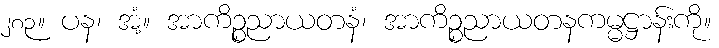
၂၈၃။ ပန၊ အံ့။ အာကိဉ္စညာယတနံ၊ အာကိဉ္စညာယတနကမ္မဋ္ဌာန်းကို။